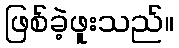
ဖြစ်ခဲ့ဖူးသည်။